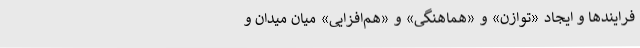
فرایند‌ها و ایجاد «توازن» و «هماهنگی» و «هم‌افزایی» میان میدان و